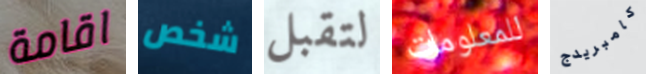
اقامة شخص لتقبل للمعلومات كامبريدج